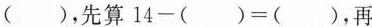
( )，先算14-( )=( )，再